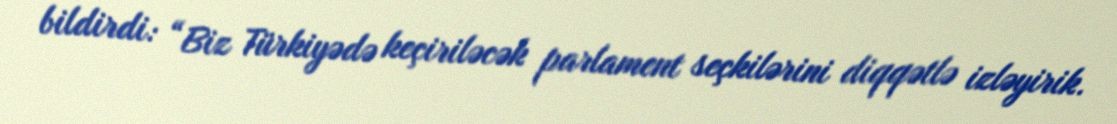
bildirdi: “Biz Türkiyədə keçiriləcək parlament seçkilərini diqqətlə izləyirik.